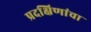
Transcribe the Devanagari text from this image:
प्रदक्षिणांचा